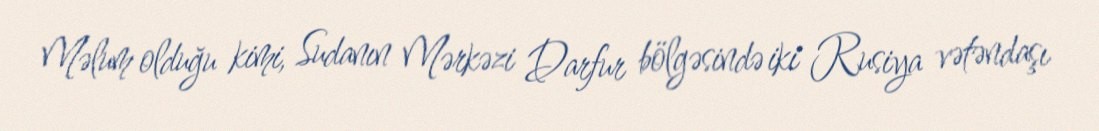
Məlum olduğu kimi, Sudanın Mərkəzi Darfur bölgəsində iki Rusiya vətəndaşı